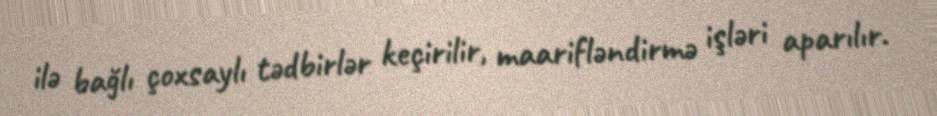
ilə bağlı çoxsaylı tədbirlər keçirilir, maarifləndirmə işləri aparılır.